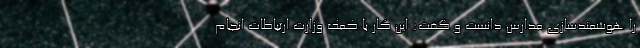
را هوشمندسازی مدارس دانست و گفت: این کار با کمک وزارت ارتباطات انجام